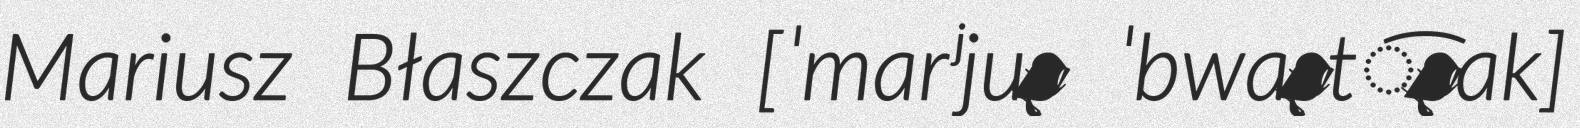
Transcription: Mariusz Błaszczak [ˈmarʲjuʂ ˈbwaʂt͡ʂak]